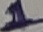
Text: 1